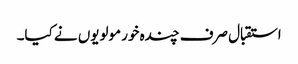
استقبال صرف چندہ خور مولویوں نے کیا۔